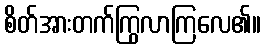
စိတ်အားတက်ကြွလာကြလေ၏။